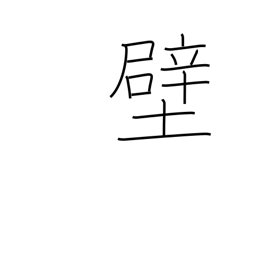
Meaning: lining (stomach)